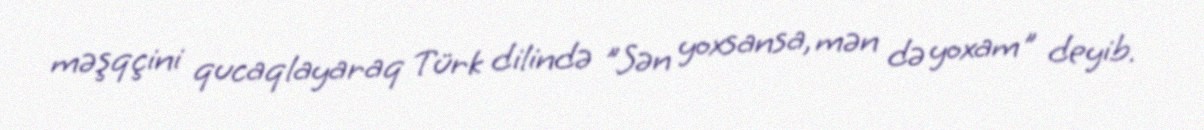
məşqçini qucaqlayaraq Türk dilində "Sən yoxsansa, mən də yoxam" deyib.